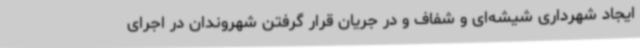
ایجاد شهرداری شیشه‌ای و شفاف و در جریان قرار گرفتن شهروندان در اجرای